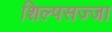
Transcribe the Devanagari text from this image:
शिल्पसज्जा